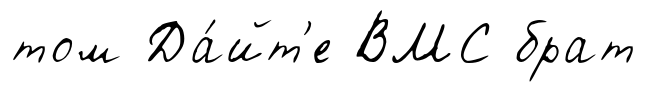
том Да́йт'е ВМС брат